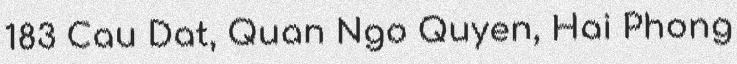
183 Cau Dat, Quan Ngo Quyen, Hai Phong